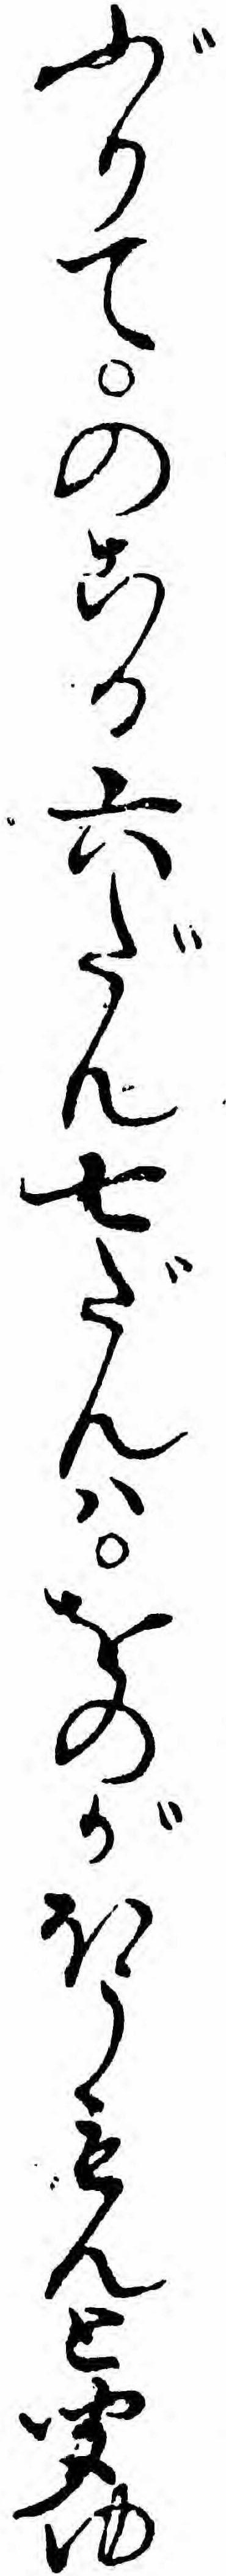
ぶりてのこる六だん七だんハをのがほうもんと聞ゆ